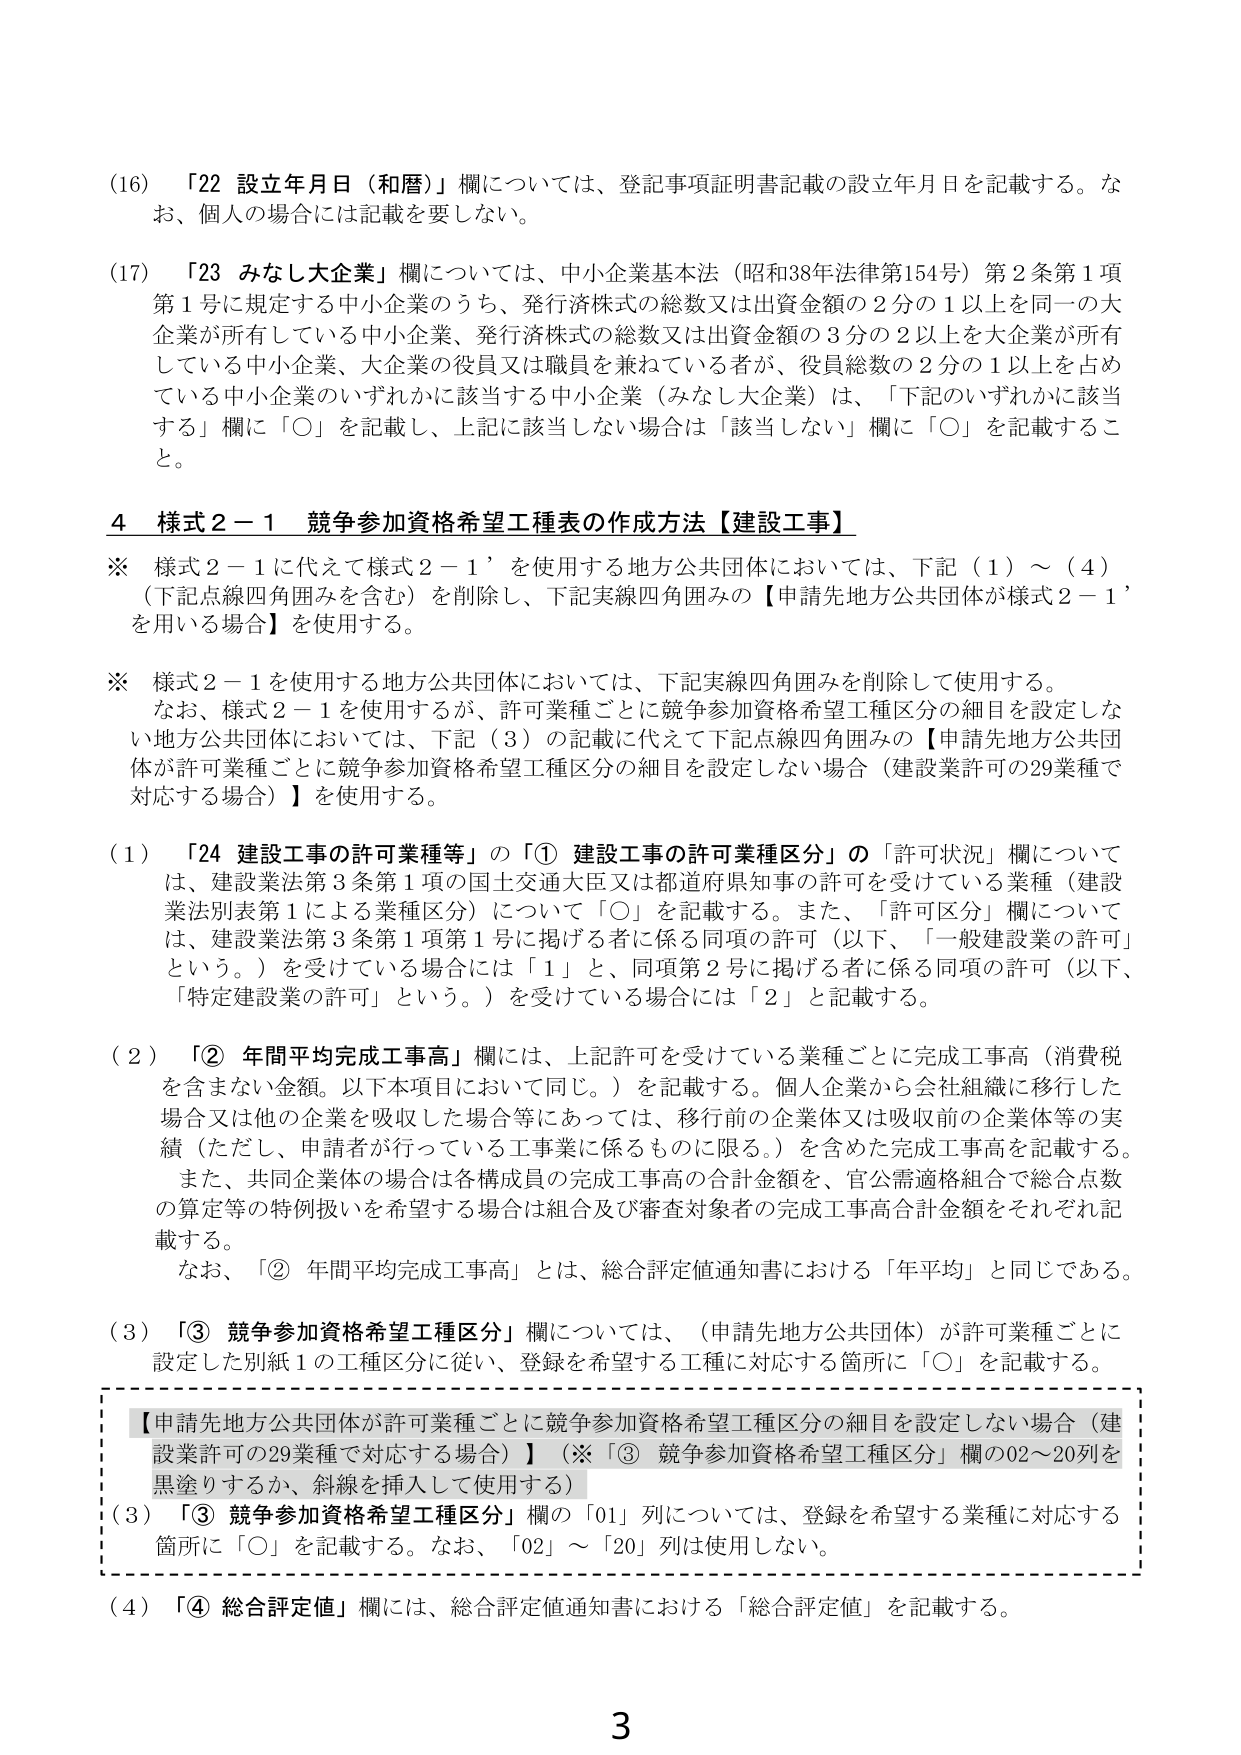
(16) 「22 設立年月日（和暦）」欄については、登記事項証明書記載の設立年月日を記載する。なお、個人の場合には記載を要しない。

(17) 「23 みなし大企業」欄については、中小企業基本法（昭和38年法律第154号）第2条第1項第1号に規定する中小企業のうち、発行済株式の総数又は出資金額の2分の1以上を同一の大企業が所有している中小企業、発行済株式の総数又は出資金額の3分の2以上を大企業が所有している中小企業、大企業の役員又は職員を兼ねている者が、役員総数の2分の1以上を占めている中小企業のいずれかに該当する中小企業（みなし大企業）は、「下記のいずれかに該当する」欄に「○」を記載し、上記に該当しない場合は「該当しない」欄に「○」を記載すること。

4 様式2－1 競争参加資格希望工種表の作成方法【建設工事】

※ 様式2－1に代えて様式2－1’を使用する地方公共団体においては、下記（1）～（4）（下記点線四角囲みを含む）を削除し、下記実線四角囲みの【申請先地方公共団体が様式2－1’を用いる場合】を使用する。

※ 様式2－1を使用する地方公共団体においては、下記実線四角囲みを削除して使用する。なお、様式2－1を使用するが、許可業種ごとに競争参加資格希望工種区分の細目を設定しない地方公共団体においては、下記（3）の記載に代えて下記点線四角囲みの【申請先地方公共団体が許可業種ごとに競争参加資格希望工種区分の細目を設定しない場合（建設業許可の29業種で対応する場合）】を使用する。

(1) 「24 建設工事の許可業種等」の「① 建設工事の許可業種区分」の「許可状況」欄については、建設業法第3条第1項の国土交通大臣又は都道府県知事の許可を受けている業種（建設業法別表第1による業種区分）について「○」を記載する。また、「許可区分」欄については、建設業法第3条第1項第1号に掲げる者に係る同項の許可（以下、「一般建設業の許可」という。）を受けている場合には「1」と、同項第2号に掲げる者に係る同項の許可（以下、「特定建設業の許可」という。）を受けている場合には「2」と記載する。

(2) 「② 年間平均完成工事高」欄には、上記許可を受けている業種ごとに完成工事高（消費税を含まない金額。以下本項目において同じ。）を記載する。個人企業から会社組織に移行した場合又は他の企業を吸収した場合等にあっては、移行前の企業体又は吸収前の企業体等の実績（ただし、申請者が行っている工事業に係るものに限る。）を含めた完成工事高を記載する。また、共同企業体の場合は各構成員の完成工事高の合計金額を、官公需適格組合で総合点数の算定等の特例扱いを希望する場合は組合及び審査対象者の完成工事高合計金額をそれぞれ記載する。なお、「② 年間平均完成工事高」とは、総合評定値通知書における「年平均」と同じである。

(3) 「③ 競争参加資格希望工種区分」欄については、（申請先地方公共団体）が許可業種ごとに設定した別紙1の工種区分に従い、登録を希望する工種に対応する箇所に「○」を記載する。

【申請先地方公共団体が許可業種ごとに競争参加資格希望工種区分の細目を設定しない場合（建設業許可の29業種で対応する場合）】（※「③ 競争参加資格希望工種区分」欄の02～20列を黒塗りするか、斜線を挿入して使用する）
(3) 「③ 競争参加資格希望工種区分」欄の「01」列については、登録を希望する業種に対応する箇所に「○」を記載する。なお、「02」～「20」列は使用しない。

(4) 「④ 総合評定値」欄には、総合評定値通知書における「総合評定値」を記載する。

3